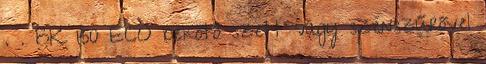
. . BK 150 ECO bekötő szett vagy szénszűrővel